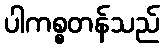
ပါကစ္စတန်သည်